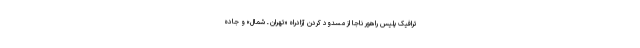
ترافیک پلیس راهور ناجا از مسدود کردن آزادراه «تهران ـ شمال» و جاده